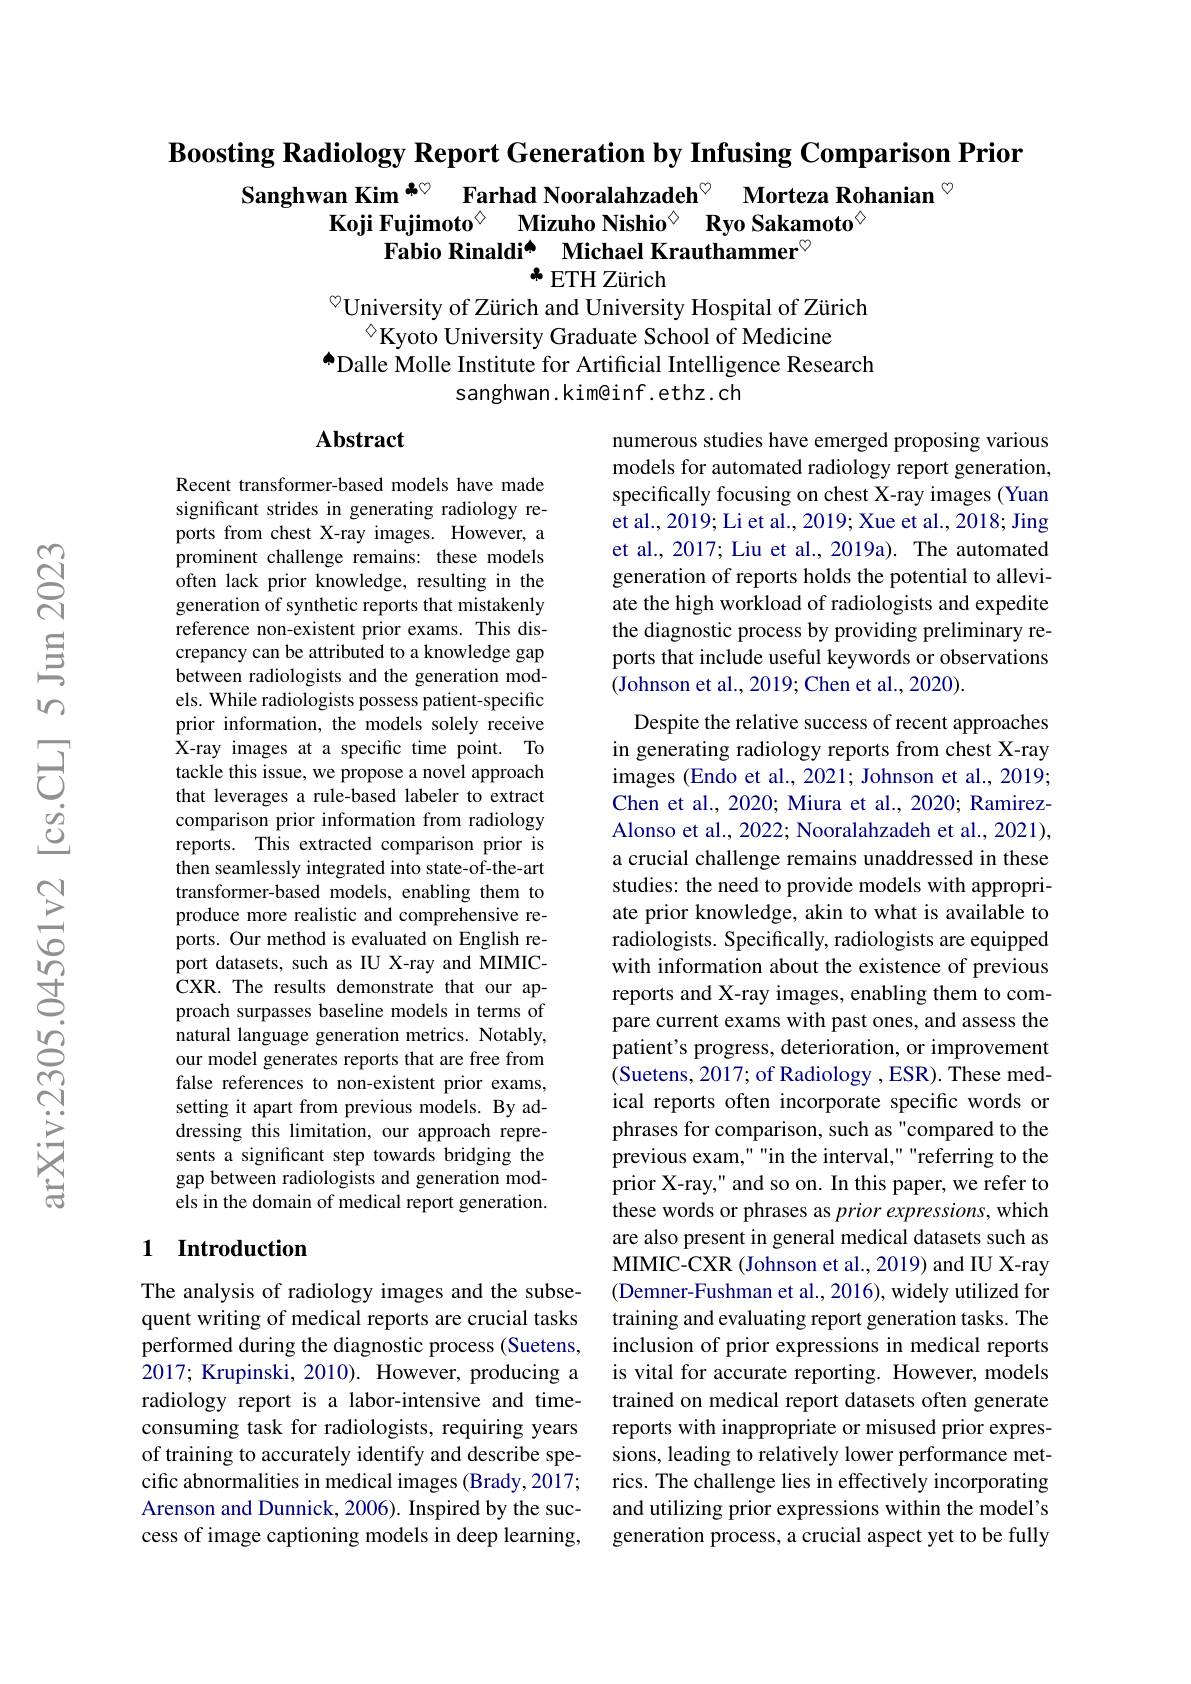
$\textbf{Boosting Radiology Report Generation by Infusing Comparison Prior}$

Sanghwan Kim$^{\clubsuit\heartsuit}$ Farhad Nooralahzadeh$^{\heartsuit}$ Morteza Rohanian $^{\circ}$
Koji Fujimoto$^{\textcircled{\mathrm{\diamond}}}$ Mizuho Nishio$^{\textcircled{\mathrm{\diamond}}}$ Ryo Sakamoto$^{\textcircled{\mathrm{\diamond}}}$
Fabio Rinaldi[INDEX] Michael Krauthammer$^{\textcircled{\mathrm{c}}}$
# 本 ETH Zürich
$^{\textcircled{\mathrm{o}}}$University of Zürich and University Hospital of Zürich

$^{\diamond}$Kyoto University Graduate School of Medicine
$^{\bullet}$Dalle Molle Institute for Artificial Intelligence Research
sanghwan.kim@inf.ethz.ch

### $\mathbf{Abstract}$

numerous studies have emerged proposing various models for automated radiology report generation, specifically focusing on chest X-ray images (Yuan et al., 2019; Li et al., 2019; Xue et al., 2018; Jing et al., 2017; Liu et al., 2019a). The automated generation of reports holds the potential to alleviate the high workload of radiologists and expedite the diagnostic process by providing preliminary reports that include useful keywords or observations (Johnson et al., 2019; Chen et al., 2020).

Recent transformer-based models have made significant strides in generating radiology reports from chest X-ray images. However, a prominent challenge remains: these models often lack prior knowledge, resulting in the generation of synthetic reports that mistakenly reference non-existent prior exams. This discrepancy can be attributed to a knowledge gap between radiologists and the generation models. While radiologists possess patient-specific prior information, the models solely receive X-ray images at a specific time point. To tackle this issue, we propose a novel approach that leverages a rule-based labeler to extract comparison prior information from radiology reports. This extracted comparison prior is then seamlessly integrated into state-of-the-art transformer-based models, enabling them to produce more realistic and comprehensive reports. Our method is evaluated on English report datasets, such as IU X-ray and MIMICCXR. The results demonstrate that our approach surpasses baseline models in terms of natural language generation metrics. Notably, our model generates reports that are free from false references to non-existent prior exams, setting it apart from previous models. By addressing this limitation, our approach represents a significant step towards bridging the gap between radiologists and generation models in the domain of medical report generation.

Despite the relative success of recent approaches in generating radiology reports from chest X-ray images (Endo et al., 2021; Johnson et al., 2019; Chen et al., 2020; Miura et al., 2020; RamirezAlonso et al., 2022; Nooralahzadeh et al., 2021), a crucial challenge remains unaddressed in these studies: the need to provide models with appropriate prior knowledge, akin to what is available to radiologists. Specifically, radiologists are equipped with information about the existence of previous reports and X-ray images, enabling them to compare current exams with past ones, and assess the patient's progress, deterioration, or improvement (Suetens, 2017; of Radiology , ESR). These medical reports often incorporate specific words or phrases for comparison, such as "compared to the previous exam,""in the interval,""referring to the prior X-ray," and so on. In this paper, we refer to these words or phrases as prior expressions, which are also present in general medical datasets such as MIMIC-CXR (Johnson et al., 2019) and IU X-ray (Demner-Fushman et al., 2016), widely utilized for training and evaluating report generation tasks. The inclusion of prior expressions in medical reports is vital for accurate reporting. However, models trained on medical report datasets often generate reports with inappropriate or misused prior expressions, leading to relatively lower performance metrics. The challenge lies in effectively incorporating and utilizing prior expressions within the model's generation process, a crucial aspect yet to be fully

## 1 Introduction

The analysis of radiology images and the subsequent writing of medical reports are crucial tasks performed during the diagnostic process (Suetens, 2017; Krupinski, 2010). However, producing a radiology report is a labor-intensive and timeconsuming task for radiologists, requiring years of training to accurately identify and describe specific abnormalities in medical images (Brady, 2017; Arenson and Dunnick, 2006). Inspired by the success of image captioning models in deep learning,